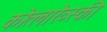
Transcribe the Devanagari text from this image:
कोत्लारेव्स्की